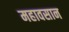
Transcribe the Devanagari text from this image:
महावसान